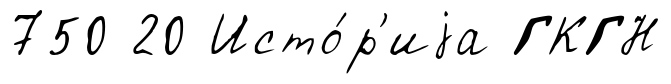
750 20 Исто́р'иjа ГКГН